Report of the Bombay Plague Committee
Disease focus: Plague
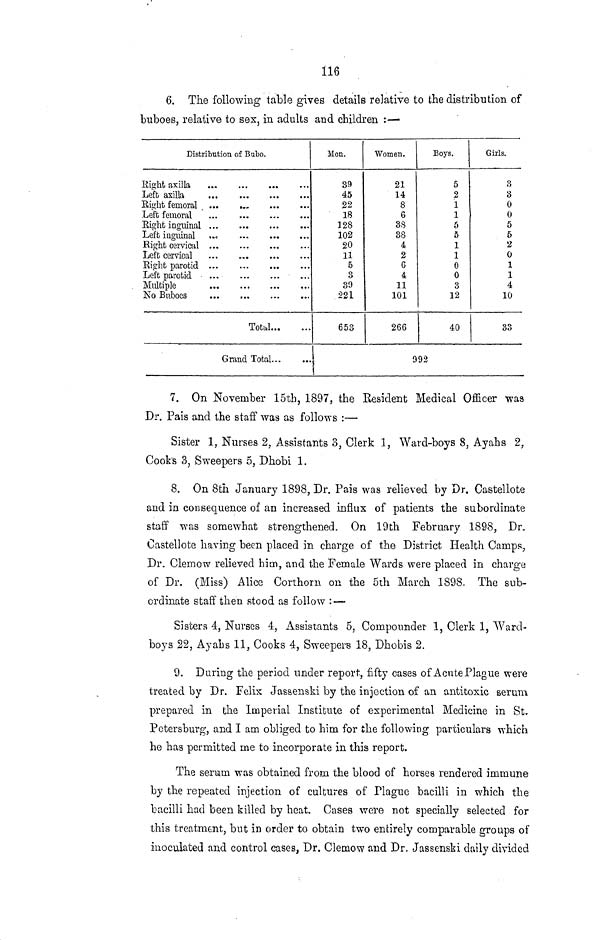
116
6. The following table gives details relative to the distribution of
buboes, relative to sex, in adults and children :—
Distribution of Bubo.
Left axilla
Right femoral
Left femoral
...
Right inguinal
Left inguinal
...
Right cervical
Left cervical
Right parotid
Left parotid
Multiple
No Buboes
Total
Grand Total
Men.
39
45
22
18
128
102
20
11
5
3
39
221
653
Women.
21
14
8
6
38
38
4
2
G
4
11
101
266
9
Boys.
5
2
1
1
5
5
1
1
0
0
3
12
40
92
Girls.
3
3
0
0
5
5
2
0
1
1
4
10
33
7. On November 15th, 1897, the Resident Medical Officer was
Dr. Pais and the staff was as follows :—
Sister 1, Nurses 2, Assistants 3, Clerk 1, Ward-boys 8, Ayahs 2,
Cook's 3, Sweepers 5, Dhobi 1.
8. On 8th January 1898, Dr. Pais was relieved by Dr. Castellote
and in consequence of an increased influx of patients the subordinate
staff was somewhat strengthened. On 19th February 1898, Dr.
Castellote having been placed in charge of the District Health Camps,
Dr. Clemow relieved him, and the Female Wards were placed in charge
of Dr. (Miss) Alice Corthorn on the 5th March 1898. The sub-
ordinate staff then stood as follow :—
Sisters 4, Nurses 4, Assistants 5, Compounder 1, Clerk 1, Ward-
boys 22, Ayahs 11, Cooks 4, Sweepers 18, Dhobis 2.
9. During the period under report, fifty cases of A cute Plague were
treated by Dr. Felix Jassenski by the injection of an antitoxic serum
prepared in the Imperial Institute of experimental Medicine in St.
Petersburg, and I am obliged to him for the following particulars which
he has permitted me to incorporate in this report.
The serum was obtained from the blood of horses rendered immune
by the repeated injection of cultures of Plague bacilli in which the
bacilli had been killed by heat. Cases were not specially selected for
this treatment, but in order to obtain two entirely comparable groups of
inoculated and control cases, Dr. Clemow and Dr. Jassenski daily divided